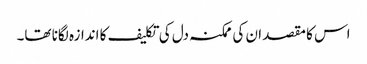
اس کا مقصد ان کی ممکنہ دل کی تکلیف کا اندازہ لگانا تھا۔